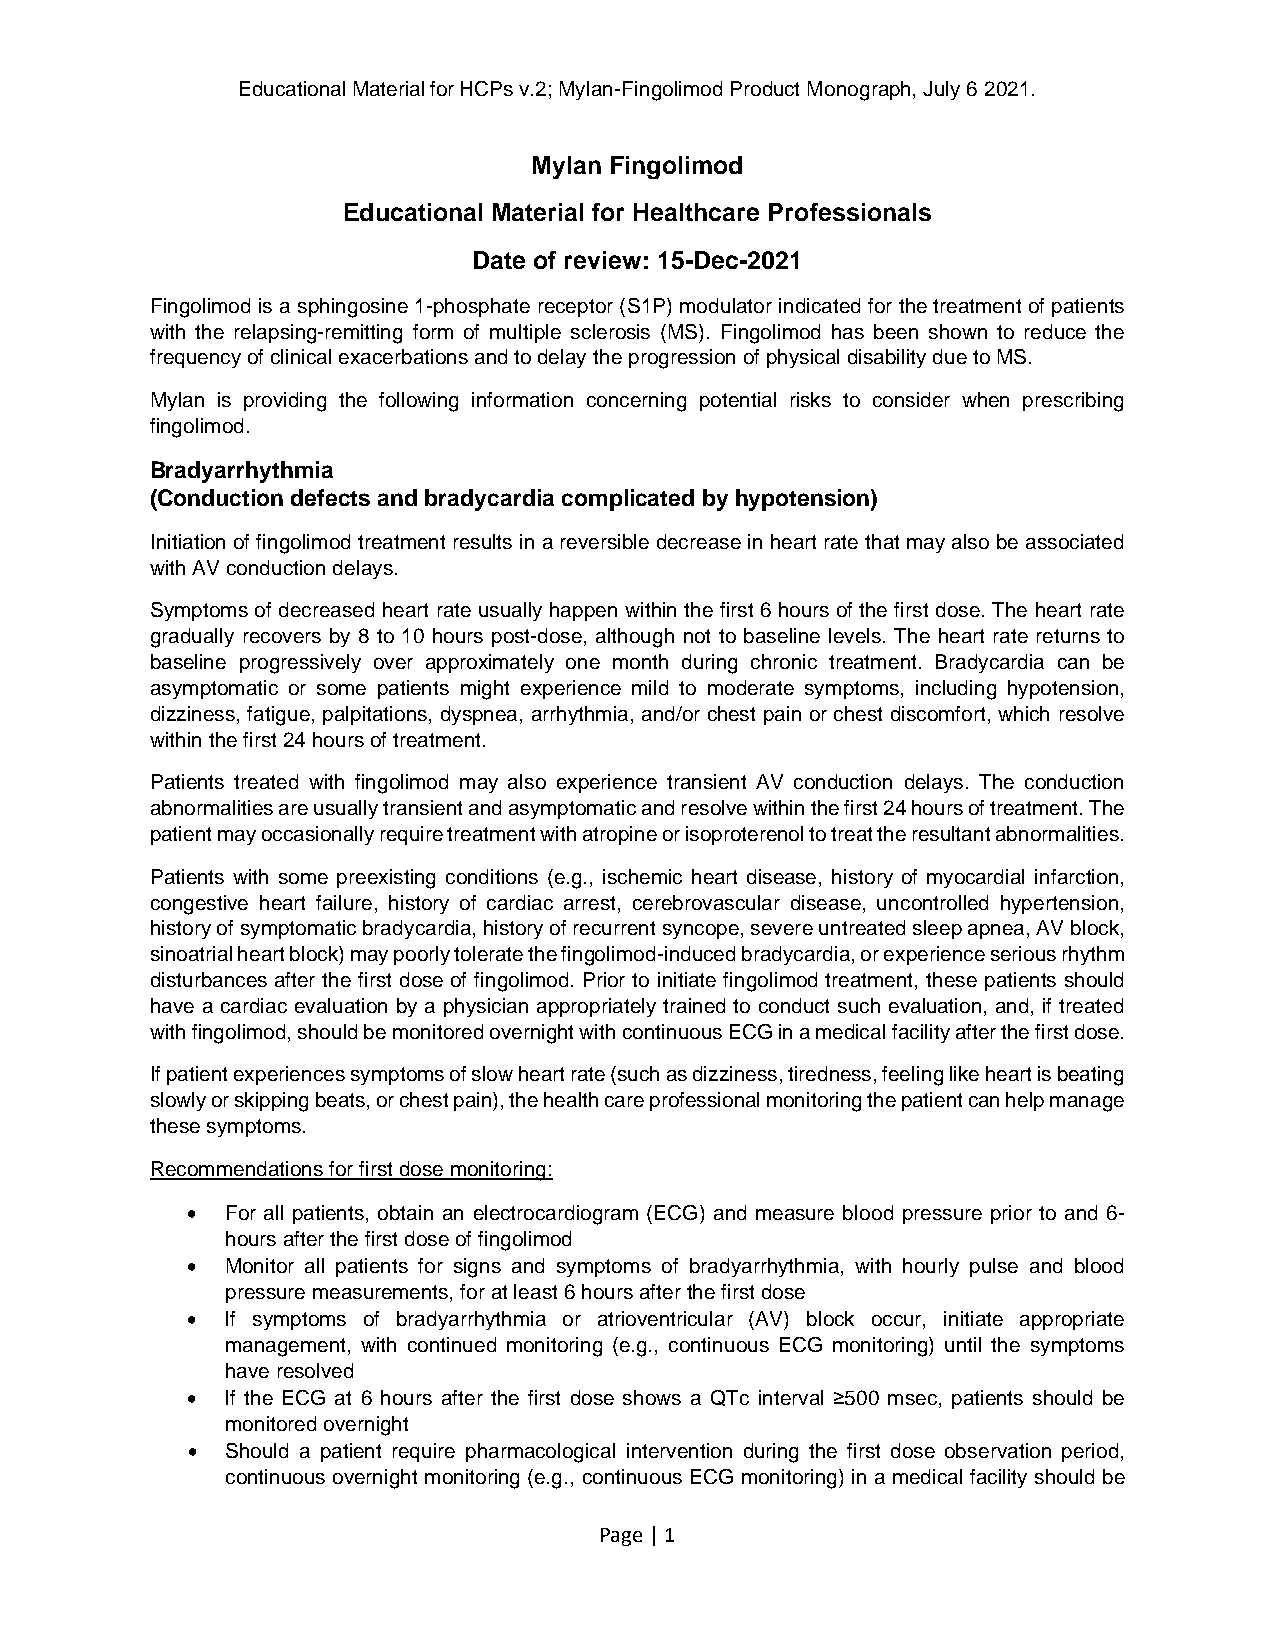
Educational Material for HCPs v.2; Mylan-Fingolimod Product Monograph, July 6 2021.
 Mylan Fingolimod
 Educational Material for Healthcare Professionals
 Date of review: 15-Dec-2021
 Fingolimod is a sphingosine 1-phosphate receptor (S1P) modulator indicated for the treatment of patients
 with the relapsing-remitting form of multiple sclerosis (MS). Fingolimod has been shown to reduce the
 frequency of clinical exacerbations and to delay the progression of physical disability due to MS.
 Mylan is providing the following information concerning potential risks to consider when prescribing
 fingolimod.
 Bradyarrhythmia
 (Conduction defects and bradycardia complicated by hypotension)
 Initiation of fingolimod treatment results in a reversible decrease in heart rate that may also be associated
 with AV conduction delays.
 Symptoms of decreased heart rate usually happen within the first 6 hours of the first dose. The heart rate
 gradually recovers by 8 to 10 hours post-dose, although not to baseline levels. The heart rate returns to
 baseline progressively over approximately one month during chronic treatment. Bradycardia can be
 asymptomatic or some patients might experience mild to moderate symptoms, including hypotension,
 dizziness, fatigue, palpitations, dyspnea, arrhythmia, and/or chest pain or chest discomfort, which resolve
 within the first 24 hours of treatment.
 Patients treated with fingolimod may also experience transient AV conduction delays. The conduction
 abnormalities are usually transient and asymptomatic and resolve within the first 24 hours of treatment. The
 patient may occasionally require treatment with atropine or isoproterenol to treat the resultant abnormalities.
 Patients with some preexisting conditions (e.g., ischemic heart disease, history of myocardial infarction,
 congestive heart failure, history of cardiac arrest, cerebrovascular disease, uncontrolled hypertension,
 history of symptomatic bradycardia, history of recurrent syncope, severe untreated sleep apnea, AV block,
 sinoatrial heart block) may poorly tolerate the fingolimod-induced bradycardia, or experience serious rhythm
 disturbances after the first dose of fingolimod. Prior to initiate fingolimod treatment, these patients should
 have a cardiac evaluation by a physician appropriately trained to conduct such evaluation, and, if treated
 with fingolimod, should be monitored overnight with continuous ECG in a medical facility after the first dose.
 If patient experiences symptoms of slow heart rate (such as dizziness, tiredness, feeling like heart is beating
 slowly or skipping beats, or chest pain), the health care professional monitoring the patient can help manage
 these symptoms.
 Recommendations for first dose monitoring:
 •  For all patients, obtain an electrocardiogram (ECG) and measure blood pressure prior to and 6-
 hours after the first dose of fingolimod
 •  Monitor all patients for signs and symptoms of bradyarrhythmia, with hourly pulse and blood
 pressure measurements, for at least 6 hours after the first dose
 •  If symptoms of bradyarrhythmia or atrioventricular (AV) block occur, initiate appropriate
 management, with continued monitoring (e.g., continuous ECG monitoring) until the symptoms
 have resolved
 •  If the ECG at 6 hours after the first dose shows a QTc interval ≥500 msec, patients should be
 monitored overnight
 •  Should a patient require pharmacological intervention during the first dose observation period,
 continuous overnight monitoring (e.g., continuous ECG monitoring) in a medical facility should be
 Page | 1